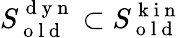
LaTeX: S_{\mathrm{~o~l~d~}}^{\mathrm{~d~y~n~}}\subset S_{\mathrm{~o~l~d~}}^{\mathrm{~k~i~n~}}